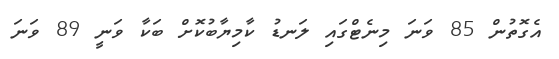
އެގޮތުން 85 ވަނަ މިނެޓްގައި ލަނޑު ކާމިޔާބުކޮށް ބަކާ ވަނީ 89 ވަނަ